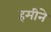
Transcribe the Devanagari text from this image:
हमीने